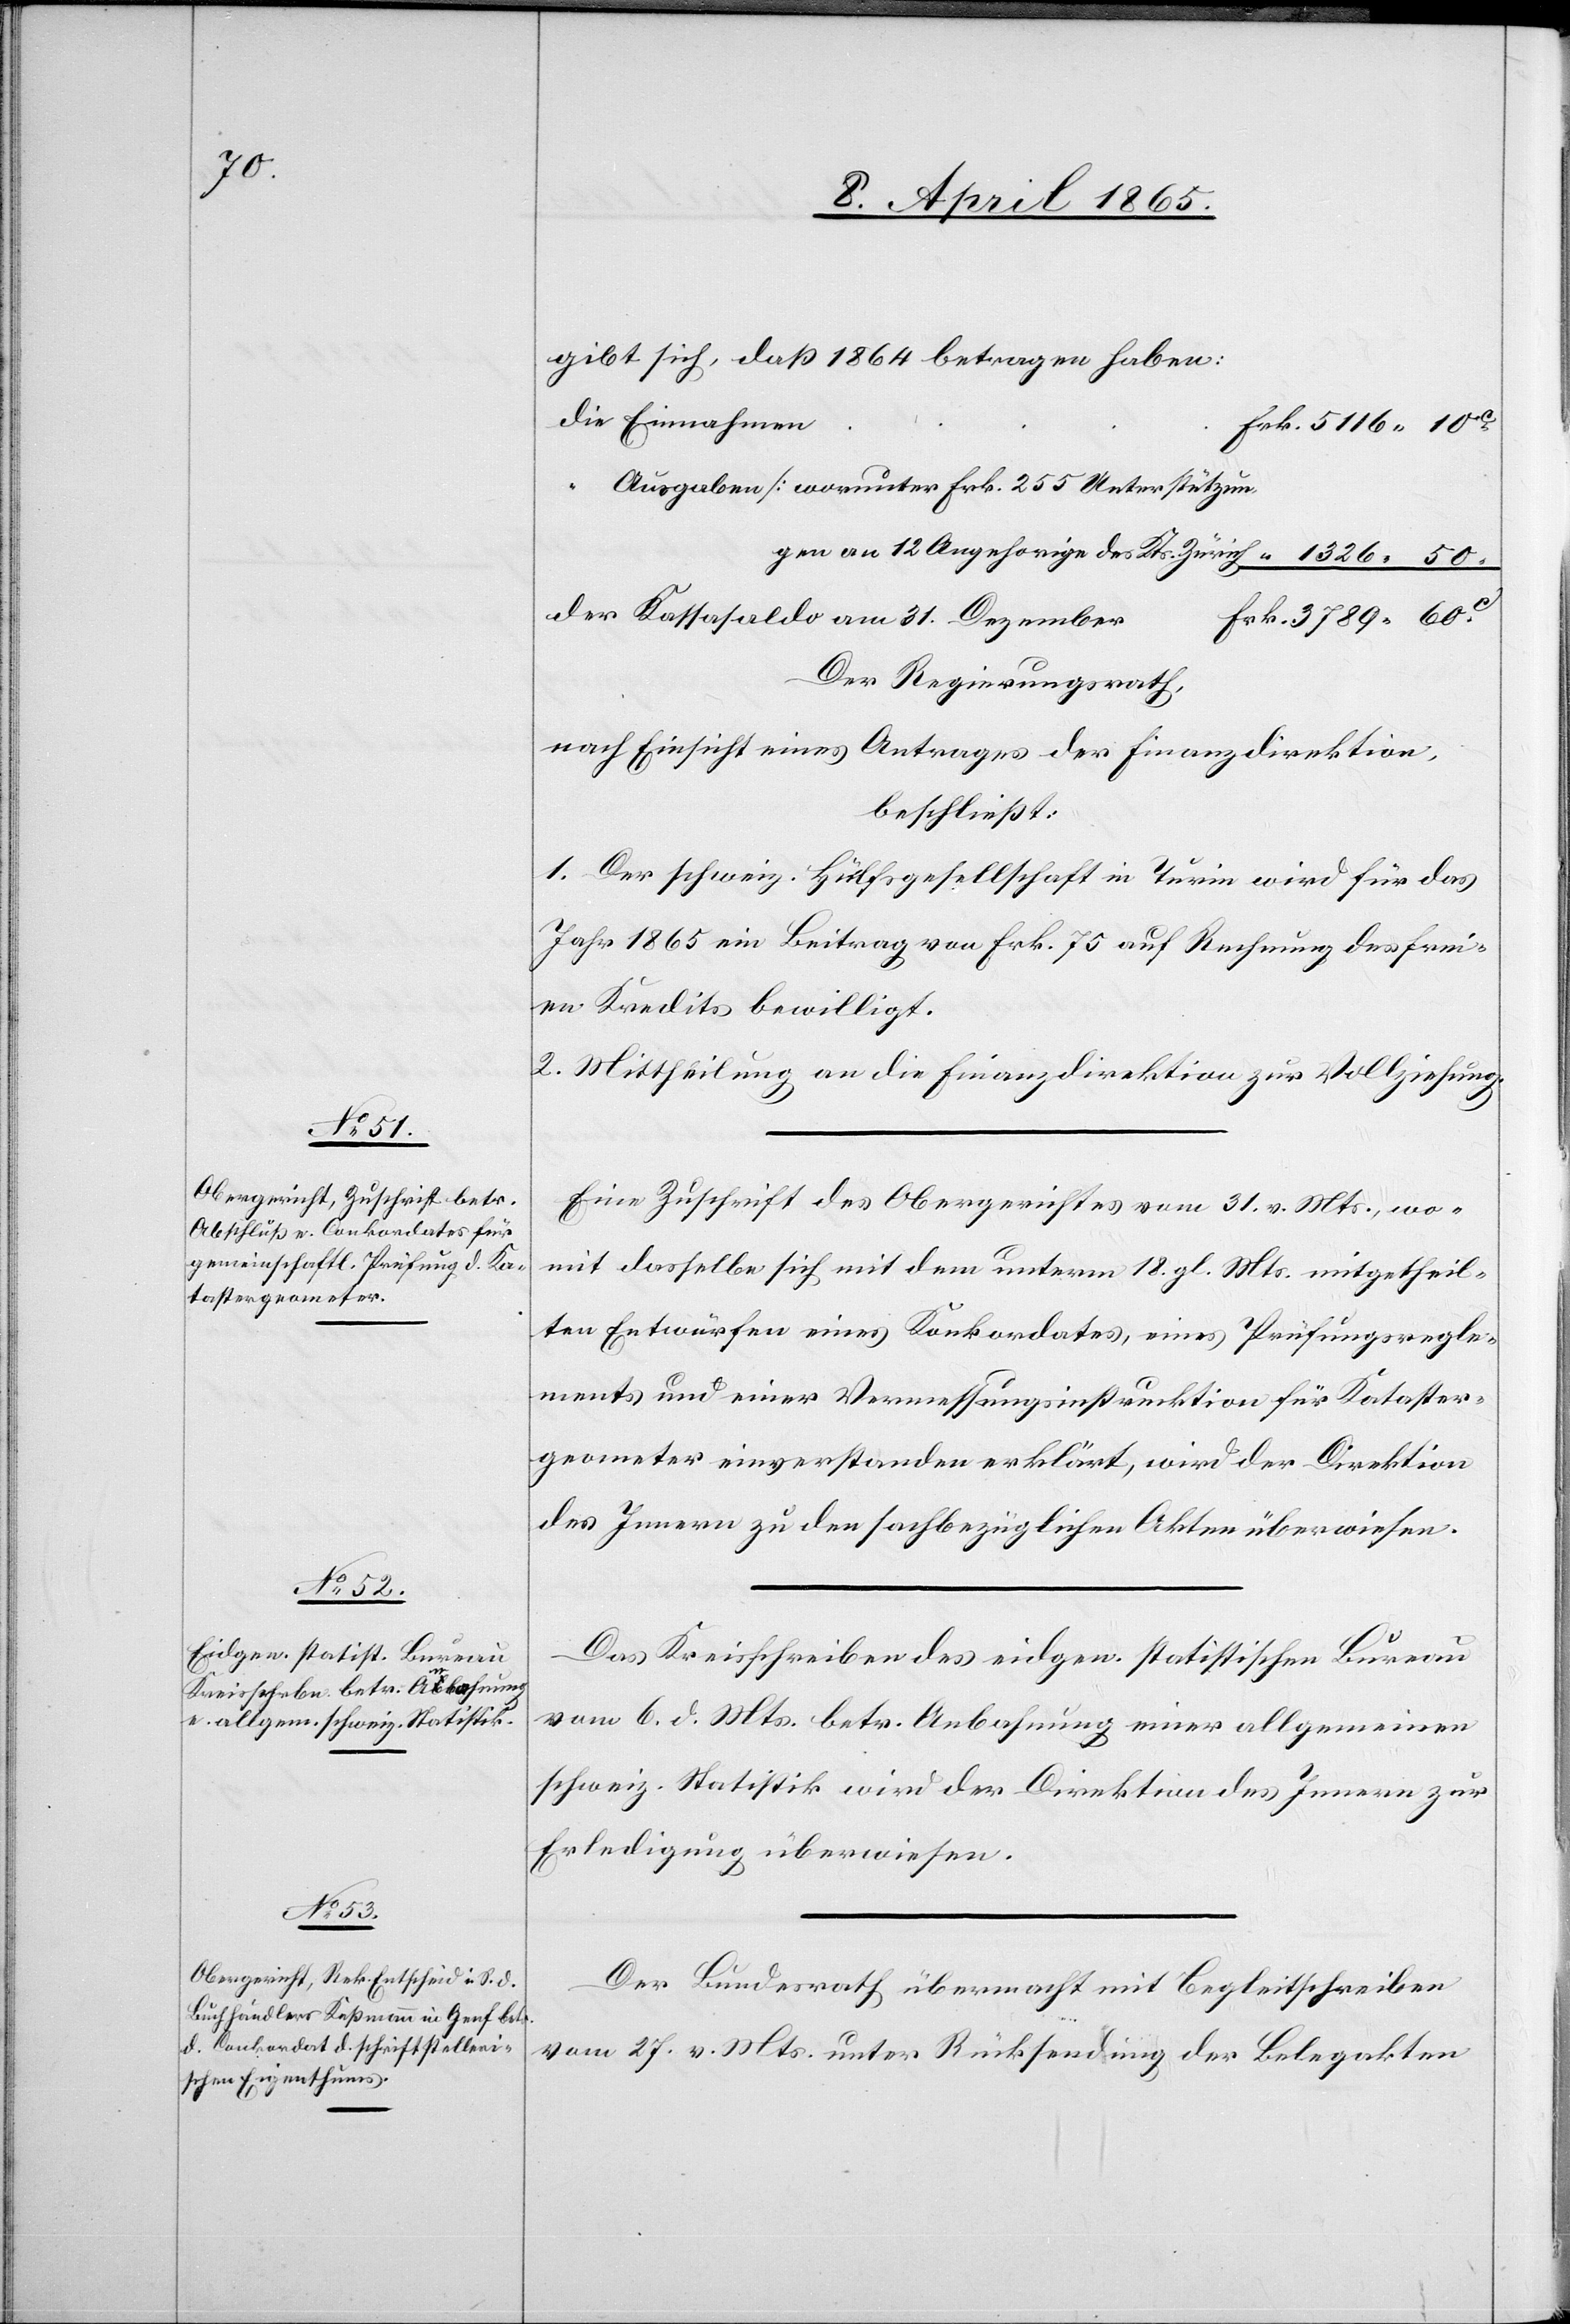
gibt sich, daß 1864 betragen haben:
31.
Ausgaben [worunter Frk. 255 Unterstützun¬
gen an 12 Angehörige des Kts. Zürich[]]
Der Regierungsrath,
nach Einsicht eines Antrages der Finanzdirektion,
beschließt:
1. Der schweiz. Hülfsgesellschaft in Turin wird für das
Jahr 1865 ein Beitrag von Frk. 75 auf Rechnung des frei¬
en Kredits bewilligt.
2. Mittheilung an die Finanzdirektion zur Vollziehung.
Eine Zuschrift des Obergerichtes vom 31. v. Mts., wo¬
mit dasselbe sich mit dem [recte: den] unterm 18. gl. Mts. mitgetheil¬
ten Entwürfen eines Konkordates, eines Prüfungsregle¬
ments und einer Vermessungsinstruktion für Kataster¬
geometer einverstanden erklärt, wird der Direktion
des Innern zu den sachbezüglichen Akten überwiesen.
Das Kreisschreiben des eidgen. statistischen Bureau
vom 6. d. Mts. betr. Anbahnung einer allgemeinen
schweiz. Statistik wird der Direktion des Innern zur
Erledigung überwiesen.
Der Bundesrath übermacht mit Begleitschreiben
vom 27. v. Mts. unter Rücksendung der Belegakten